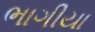
ભાગીયા